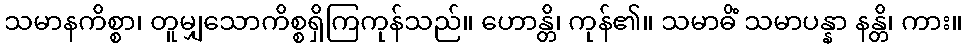
သမာနကိစ္စာ၊ တူမျှသောကိစ္စရှိကြကုန်သည်။ ဟောန္တိ၊ ကုန်၏။ သမာဓိံ သမာပန္နာ နန္တိ၊ ကား။